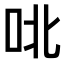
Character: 𫩡